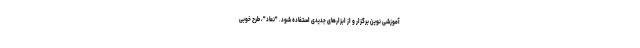
آموزشی نوین برگزار و از ابزارهای جدیدی استفاده شود. "نماد"، طرح خوبی